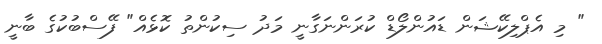
" މި އެޕްލިކޭޝަން ޑައުންލޯޑް ކުރަންނަގާނީ މަދު ސިކުންތު ކޮޅެއް" ފޭސްބުކުގެ ބާނީ